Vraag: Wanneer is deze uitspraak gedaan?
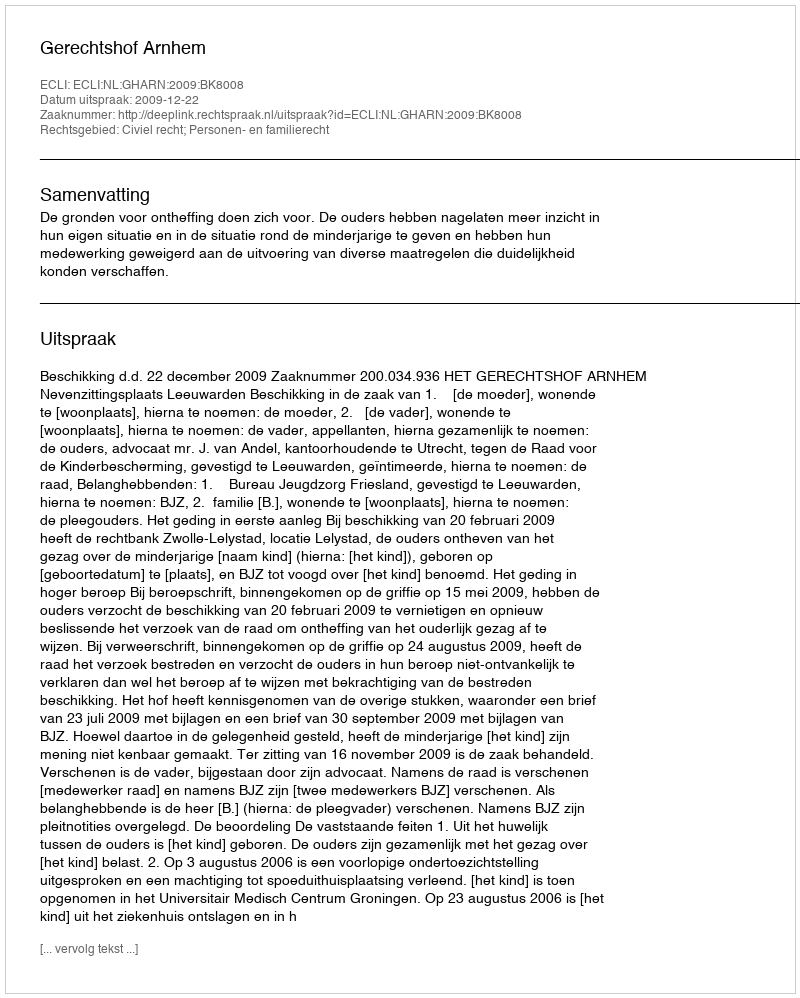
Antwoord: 2009-12-22